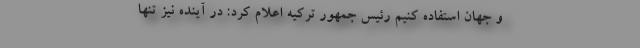
و جهان استفاده کنیم رئیس جمهور ترکیه اعلام کرد: در آینده نیز تنها